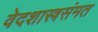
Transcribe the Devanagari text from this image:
वेदशास्त्रसंमत